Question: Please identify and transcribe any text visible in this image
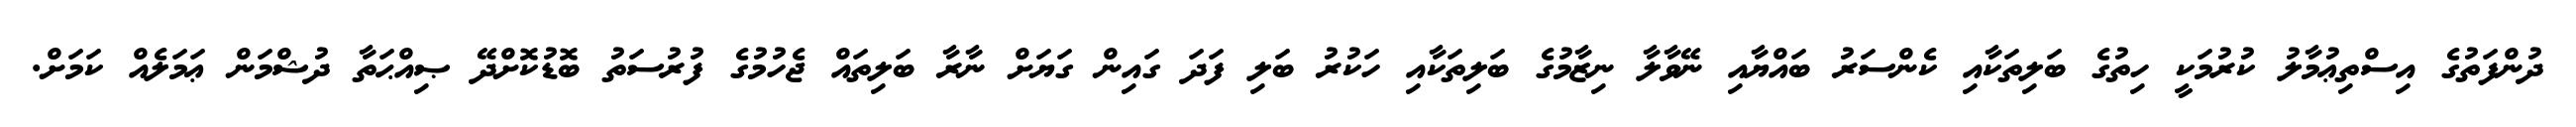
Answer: ދުންފަތުގެ އިސްތިޢުމާލު ކުރުމަކީ ހިތުގެ ބަލިތަކާއި ކެންސަރު ބައްޔާއި ނޭވާލާ ނިޒާމުގެ ބަލިތަކާއި ހަކުރު ބަލި ފަދަ ގައިން ގަޔަށް ނާރާ ބަލިތައް ޖެހުމުގެ ފުރުސަތު ބޮޑުކޮށްދޭ ޞިއްޙަތާ ދުޝްމަން ޢަމަލެއް ކަމަށް.